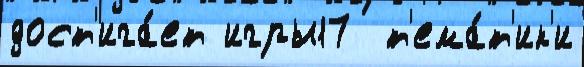
дост'ига́ет игры17  т'ема́т'ик'и